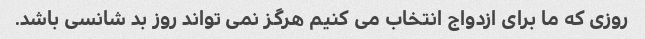
روزی که ما برای ازدواج انتخاب می کنیم هرگز نمی تواند روز بد شانسی باشد.